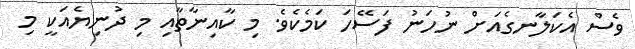
ވެސް އެކަލާނގެއަށް ނުހަނު ފަސޭހަ ކަމެކެވެ. މި ކާއިނާތާއި މި ދުނިޔެއަކީ މި